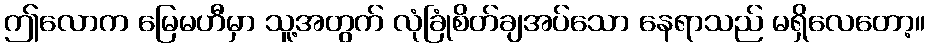
ဤလောက မြေမဟီမှာ သူ့အတွက် လုံခြုံစိတ်ချအပ်သော နေရာသည် မရှိလေတော့။